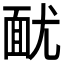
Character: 𩈊